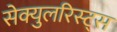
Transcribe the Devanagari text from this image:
सेक्युलरिस्ट्स